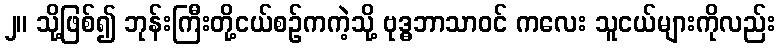
၂။ သို့ဖြစ်၍ ဘုန်းကြီးတို့ငယ်စဉ်ကကဲ့သို့ ဗုဒ္ဓဘာသာဝင် ကလေး သူငယ်များကိုလည်း